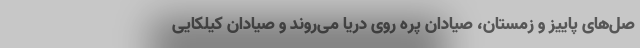
صل‌های پاییز و زمستان، صیادان پره روی دریا می‌روند و صیادان کیلکایی